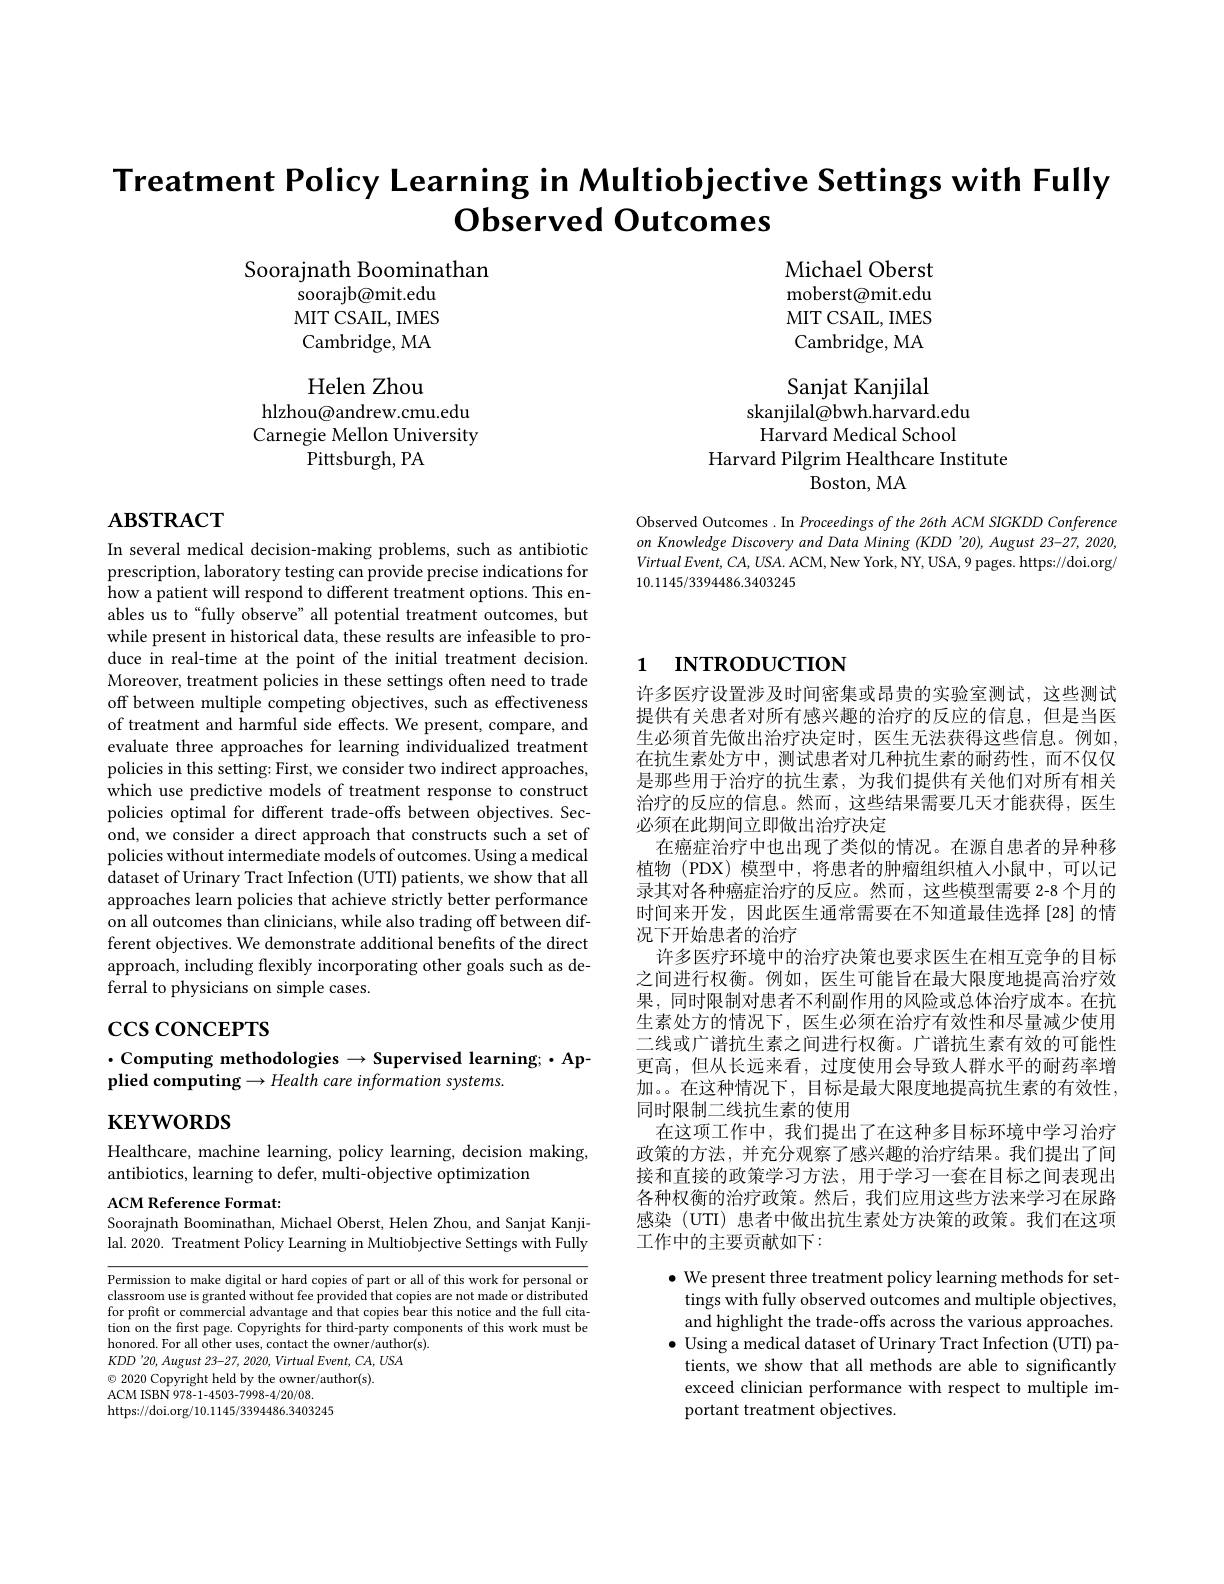
Treatment Policy Learning in Multiobjective Settings with Fully
$\textbf{Observed Outcomes}$

Michael Oberst moberst@mit.edu MIT CSAIL, IMES Cambridge, MA

Soorajnath Boominathan
soorajb@mit.edu MIT CSAIL, IMES Cambridge, MA

Helen Zhou
hlzhou@andrew.cmu.edu Carnegie Mellon University
Pittsburgh, PA

Sanjat Kanjilal
skanjilal@bwh.harvard.edu Harvard Medical School
Harvard Pilgrim Healthcare Institute
Boston, MA

# $\mathbf{ABSTRACT}$

Observed Outcomes . In Proceedings of the 26th ACM SIGKDD Conference on Knowledge Discovery and Data Mining (KDD '20), August 23-27, 2020, $VirtualEvent,CA,USA.$ ACM, New York, NY, USA, 9 pages. https://doi.org/ 10.1145/3394486.3403245

# 1 INTRODUCTION

In several medical decision-making problems, such as antibiotic prescription, laboratory testing can provide precise indications for how a patient will respond to different treatment options. This enables us to "fully observe" all potential treatment outcomes, but while present in historical data, these results are infeasible to produce in real-time at the point of the initial treatment decision. Moreover, treatment policies in these settings often need to trade off between multiple competing objectives, such as effectiveness of treatment and harmful side effects. We present, compare, and evaluate three approaches for learning individualized treatment policies in this setting: First, we consider two indirect approaches, which use predictive models of treatment response to construct policies optimal for different trade-offs between objectives. Second, we consider a direct approach that constructs such a set of policies without intermediate models of outcomes. Using a medical dataset of Urinary Tract Infection (UTI) patients, we show that all approaches learn policies that achieve strictly better performance on all outcomes than clinicians, while also trading off between different objectives. We demonstrate additional benefits of the direct approach, including flexibly incorporating other goals such as deferral to physicians on simple cases.

许多医疗设置涉及时间密集或昂贵的实验室测试，这些测试提供有关患者对所有感兴趣的治疗的反应的信息，但是当医生必须首先做出治疗决定时，医生无法获得这些信息。例如， 在抗生素处方中，测试患者对几种抗生素的耐药性，而不仅仅是那些用于治疗的抗生素，为我们提供有关他们对所有相关治疗的反应的信息。然而，这些结果需要几天才能获得，医生必须在此期间立即做出治疗决定
在癌症治疗中也出现了类似的情况。在源自患者的异种移植物 (PDX) 模型中，将患者的肿瘤组织植入小鼠中，可以记录其对各种癌症治疗的反应。然而，这些模型需要 2-8 个月的时间来开发，因此医生通常需要在不知道最佳选择[28]的情况下开始患者的治疗
许多医疗环境中的治疗决策也要求医生在相互竞争的目标之间进行权衡。例如，医生可能旨在最大限度地提高治疗效果，同时限制对患者不利副作用的风险或总体治疗成本。在抗生素处方的情况下，医生必须在治疗有效性和尽量减少使用二线或广谱抗生素之间进行权衡。广谱抗生素有效的可能性更高，但从长远来看，过度使用会导致人群水平的耐药率增加。。在这种情况下，目标是最大限度地提高抗生素的有效性， 同时限制二线抗生素的使用
在这项工作中，我们提出了在这种多目标环境中学习治疗政策的方法，并充分观察了感兴趣的治疗结果。我们提出了间接和直接的政策学习方法，用于学习一套在目标之间表现出各种权衡的治疗政策。然后，我们应用这些方法来学习在尿路感染 (UTI) 患者中做出抗生素处方决策的政策。我们在这项工作中的主要贡献如下：

$\csc\csc$coNCEPTS

$\cdot$Computing methodologies$\to$Supervised learning;$\cdot$Ap-
plied computing $\to Health$ care information systems.

$\mathbf{KEYWORDS}$

Healthcare, machine learning, policy learning, decision making,
antibiotics, learning to defer, multi-objective optimization

ACM Reference Format:
Soorajnath Boominathan, Michael Oberst, Helen Zhou, and Sanjat Kanjilal. 2020. Treatment Policy Learning in Multiobjective Settings with Fully

Permission to make digital or hard copies of part or all of this work for personal or classroom use is granted without fee provided that copies are not made or distributed for profit or commercial advantage and that copies bear this notice and the full citation on the first page. Copyrights for third-party components of this work must be honored. For all other uses, contact the owner/author(s).
$KDD'20,August~23-27,~2020,~Virtual~Event,~CA,~USA$
$\odot$ 2020 Copyright held by the owner/author(s).
ACM ISBN 978- 1- 4503- 7998- 4/ 20/ 08. https://doi.org/10.1145/3394486.3403245

$\bullet$ We present three treatment policy learning methods for settings with fully observed outcomes and multiple objectives, and highlight the trade-offs across the various approaches.
$\bullet$ Using a medical dataset of Urinary Tract Infection (UTI) pa-
tients, we show that all methods are able to significantly exceed clinician performance with respect to multiple important treatment objectives.